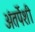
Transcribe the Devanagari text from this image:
अंतर्पेशी